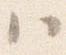
ハ